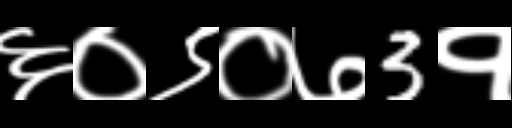
Text: ६०९०७3१